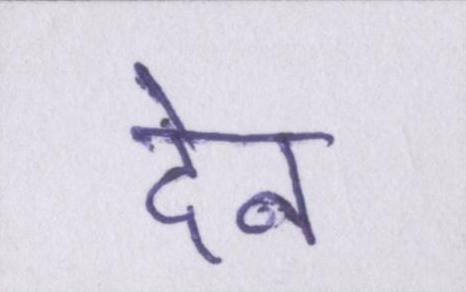
देन